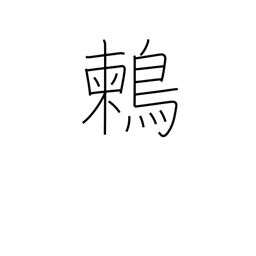
Meaning: (kokuji)